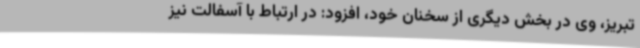
تبریز، وی در بخش دیگری از سخنان خود، افزود: در ارتباط با آسفالت نیز